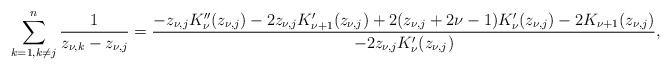
\begin{align*} \sum_{{k=1,k\neq j}}^n\dfrac{1}{z_{\nu,k}-z_{\nu,j}}&= \dfrac{-z_{\nu,j}K_\nu''(z_{\nu,j})-2z_{\nu,j}K_{\nu+1}'(z_{\nu,j})+2(z_{\nu,j}+2\nu-1)K_\nu'(z_{\nu,j})- 2K_{\nu+1}(z_{\nu,j})}{-2z_{\nu,j}K_\nu'(z_{\nu,j})},\end{align*}